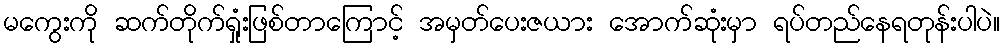
မကွေးကို ဆက်တိုက်ရှုံးဖြစ်တာကြောင့် အမှတ်ပေးဇယား အောက်ဆုံးမှာ ရပ်တည်နေရတုန်းပါပဲ။